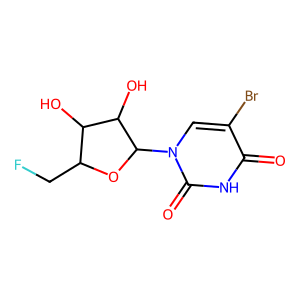
SMILES: O=c1[nH]c(=O)n(C2OC(CF)C(O)C2O)cc1Br
Inhibits HIV replication: No